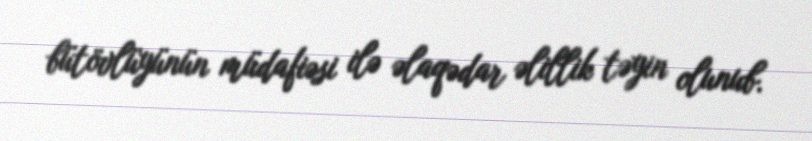
bütövlüyünün müdafiəsi ilə əlaqədar əlillik təyin olunub.